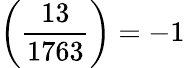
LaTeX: \left({\frac{13}{1763}}\right)=-1